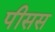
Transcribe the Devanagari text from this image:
पीसस